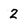
Character: 2